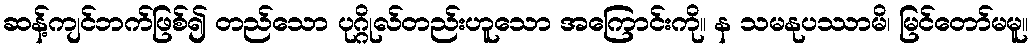
ဆန့်ကျင်ဘက်ဖြစ်၍ တည်သော ပုဂ္ဂိုလ်တည်းဟူသော အကြောင်းကို။ န သမနုပဿာမိ၊ မြင်တော်မမူ။